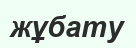
жұбату